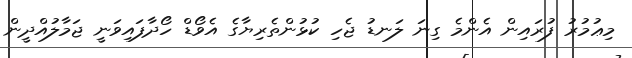
މިޢުމުރު ފުރައިން އެންމެ ގިނަ ލަނޑު ޖެހި ކުޅުންތެރިޔާގެ އެވޯޑް ހޯދާފައިވަނީ ޖަމާލުއްދީން